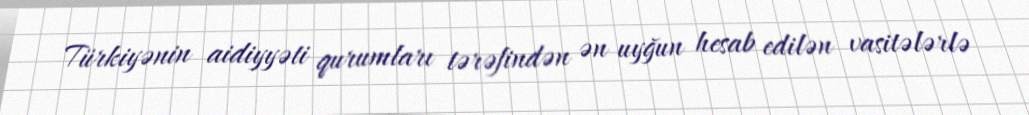
Türkiyənin aidiyyəti qurumları tərəfindən ən uyğun hesab edilən vasitələrlə